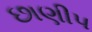
છાણીપ